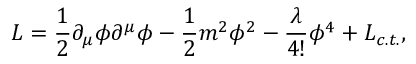
{ \cal L } = \frac 1 2 \partial _ { \mu } \phi \partial ^ { \mu } \phi - \frac 1 2 m ^ { 2 } \phi ^ { 2 } - \frac \lambda { 4 ! } \phi ^ { 4 } + { \cal L } { _ { c . t . } } ,